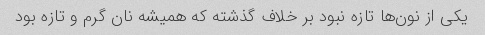
یکی از نون‌ها تازه نبود بر خلاف گذشته که همیشه نان گرم و تازه بود